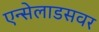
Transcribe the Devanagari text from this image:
एन्सेलाडसवर